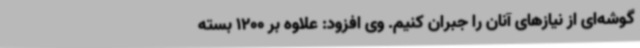
گوشه‌ای از نیازهای آنان را جبران کنیم. وی افزود: علاوه بر 1200 بسته